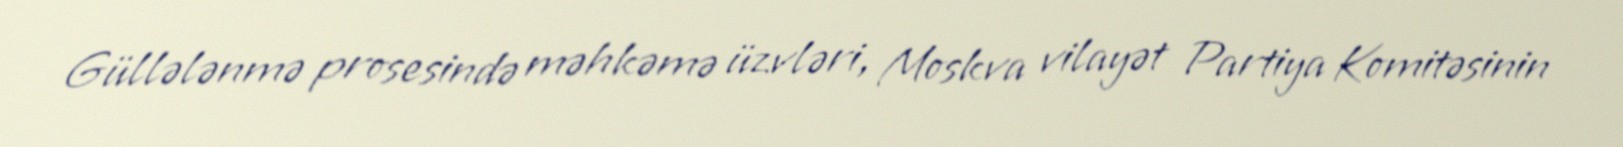
Güllələnmə prosesində məhkəmə üzvləri, Moskva vilayət Partiya Komitəsinin